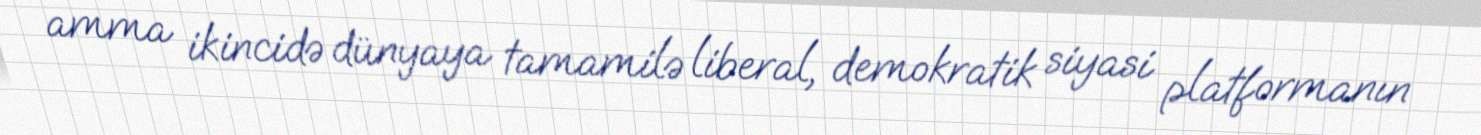
amma ikincidə dünyaya tamamilə liberal, demokratik siyasi platformanın